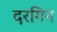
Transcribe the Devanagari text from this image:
दरगिन